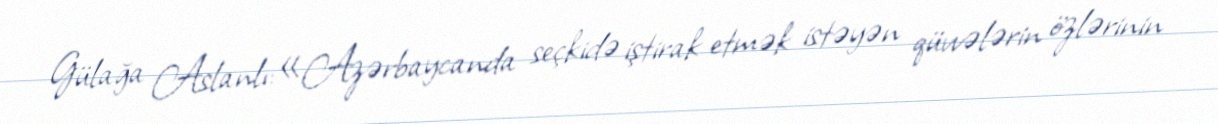
Gülağa Aslanlı:«Azərbaycanda seçkidə iştirak etmək istəyən qüvvələrin özlərinin